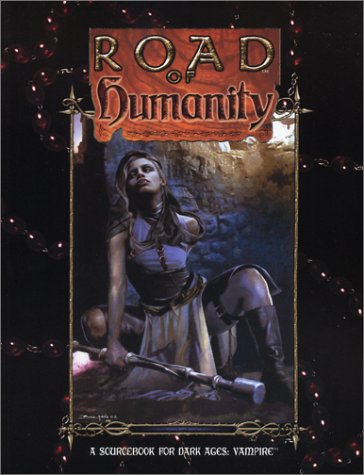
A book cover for Road of Humanity (Dark Ages Vampire); White W0Lf; Science Fiction & Fantasy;